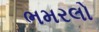
ભમરલો